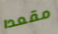
مقعدا